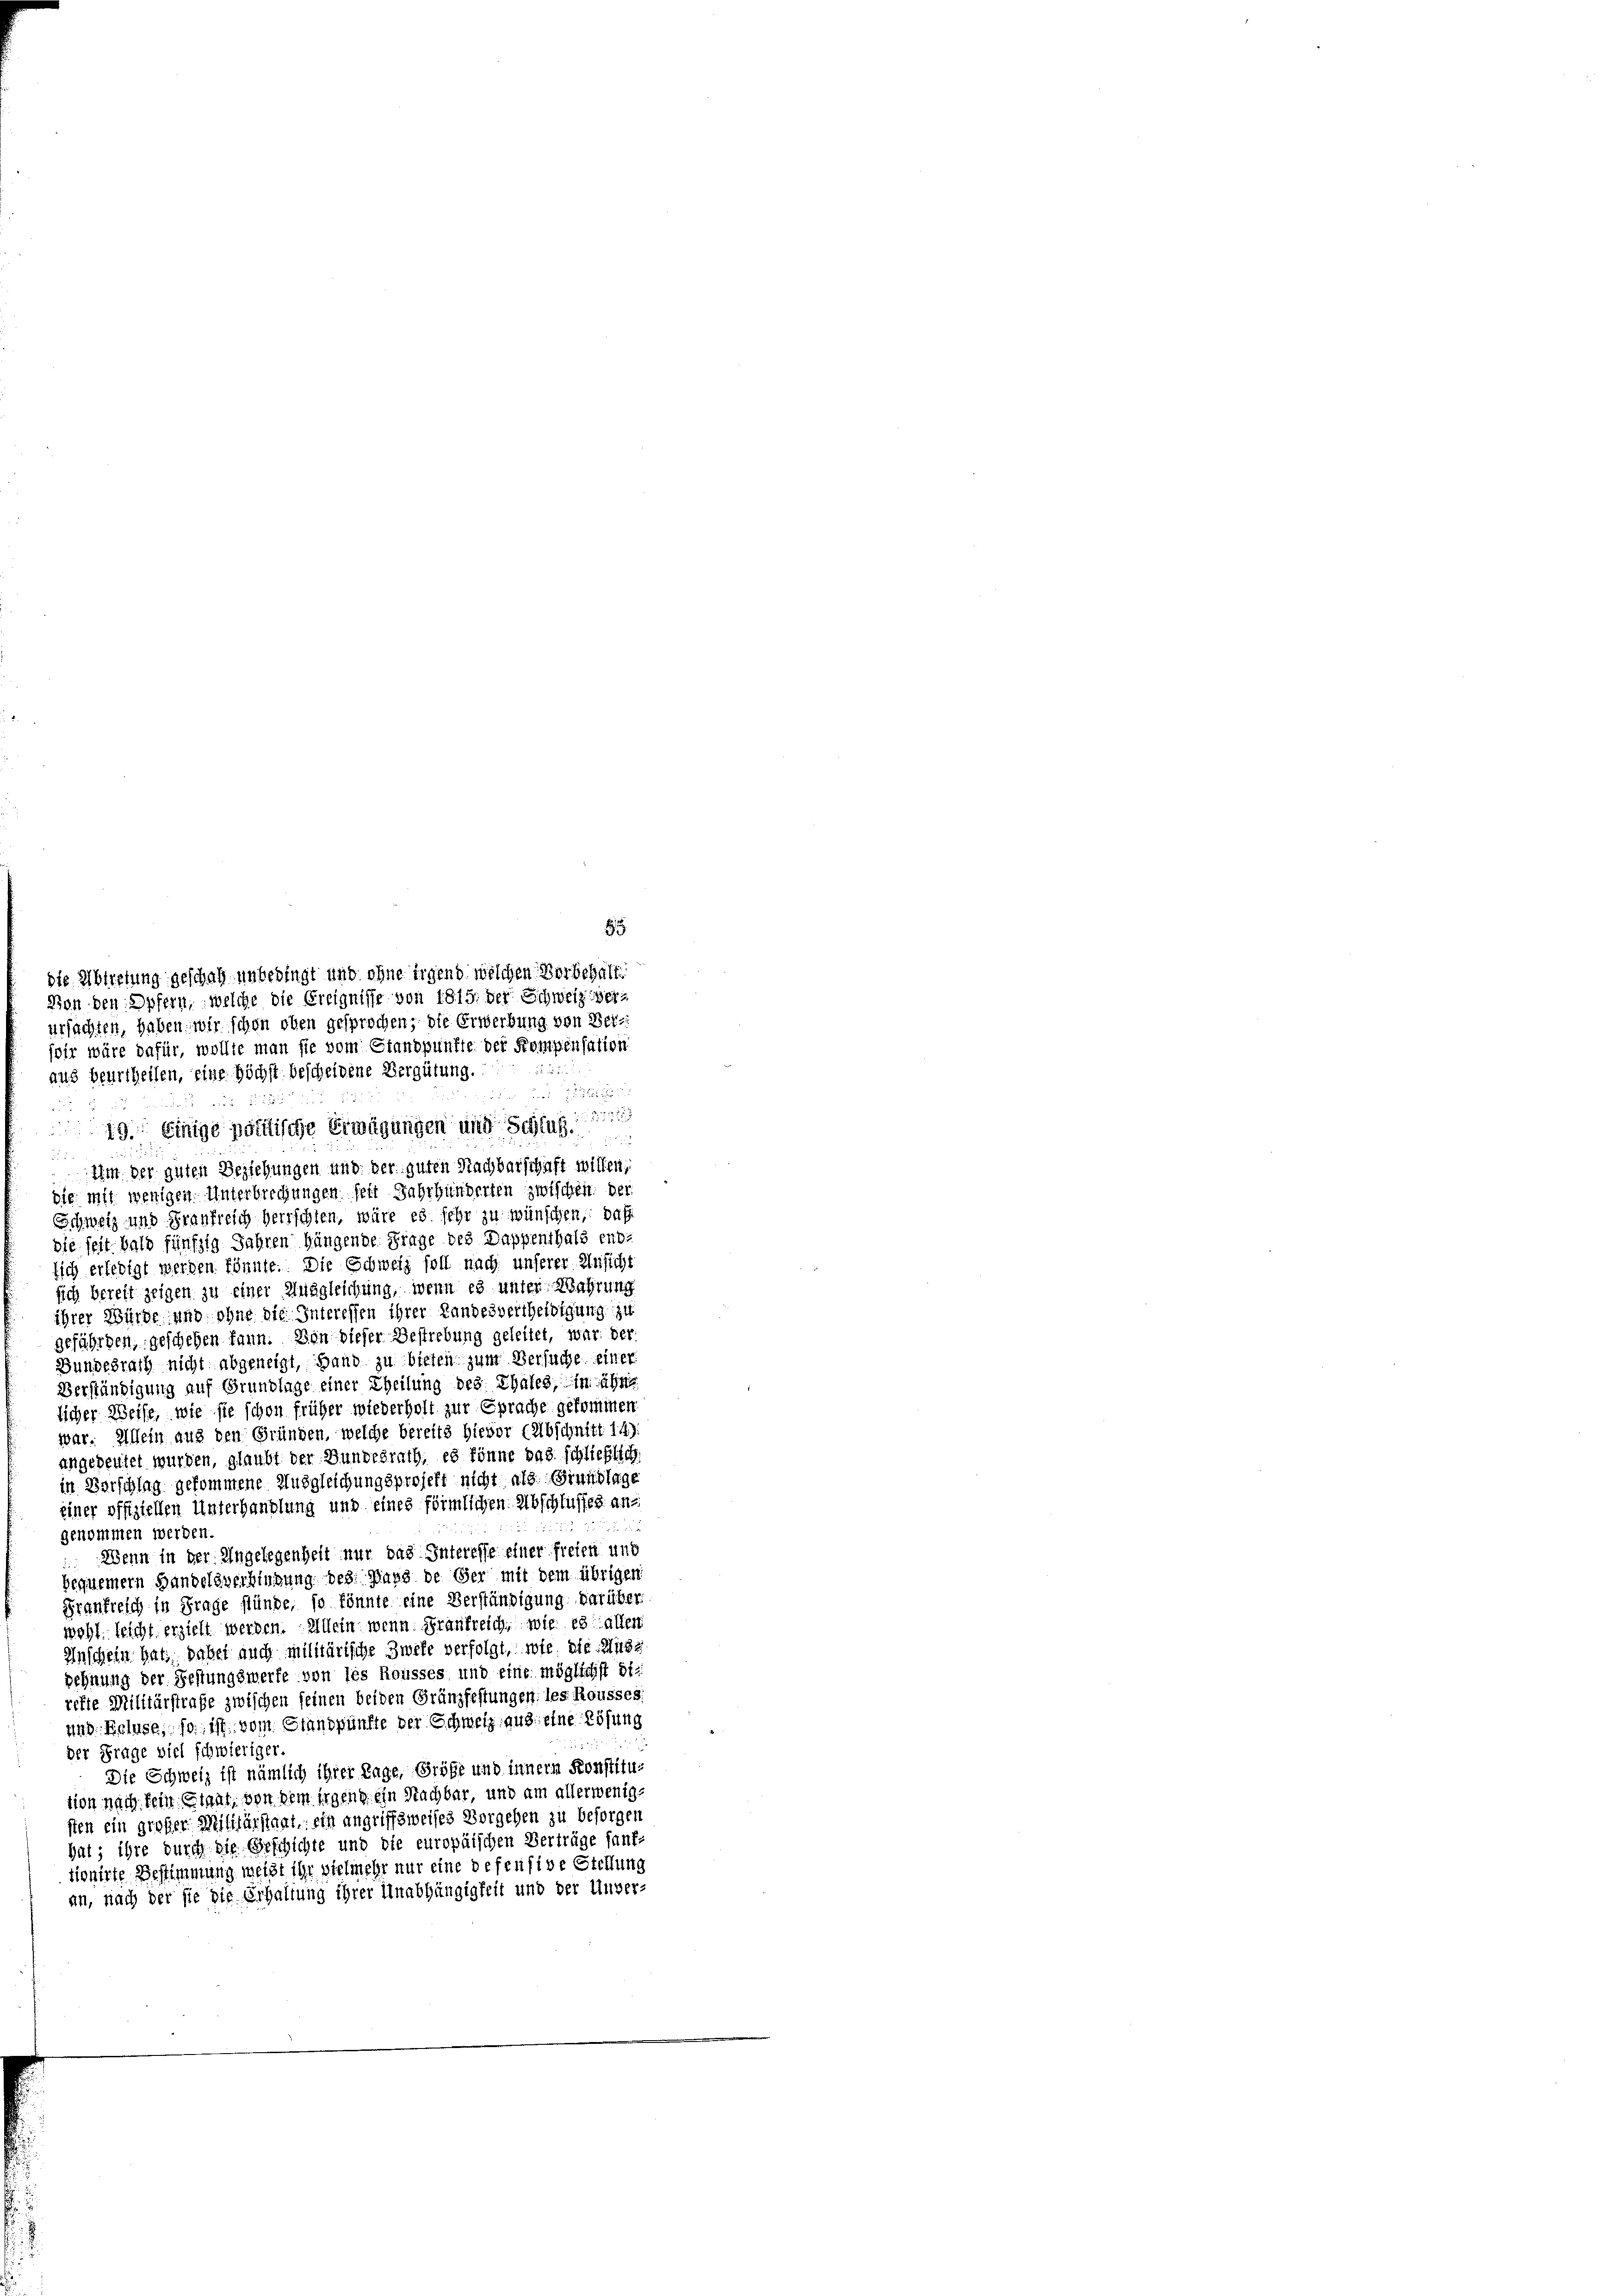
ursachten, haben, wir schon oben gesprochen; die Erwerbung von Seiwir wäre dafür, wollte man sie vom Standpunkte der Kompensation
52

3
 et
e

19. Einige politische Erwägungen und Schluß
.
Ihm der guten Beziehungen und der guten Nachbarschaft willen,
die mit wenigen Unterbrechungen seit Jahrhunderten zwischen. Der
Schweiz und Frankreich herrschlen, wäre es sehr zu wünschen, daß
die seit bald fünfzig Jahren hängende Frage des Dappenthals end-
sich erledigt werden könnte. Die Schweiz soll nach unserer Ansicht
sich bereit zeigen zu einer Ausgleichung, wenn es unter Wahrung
ihrer Würde und ohne die Interessen ihrer Landesvertheidigung zu
gefährden, geschehen kann. Von dieser Bestrebung geleitet, war der
Bundesrath nicht abgeneigt, Hand zu bieten zum Versuche einer
Verständigung auf Grundlage einer Theilung des Thales, in ähn
licher Weife, wie sie schon früher wiederholt zur Sprache gekommen.
war. Allein aus den Gründen, welche bereits hievor (Abschnitt 149.
angedeutet wurden, glaubt der Bundesrath, es könne das schließlich
in Vorschlag gekommene Ausgleichungsprojekt nicht als Grundlage
einer offiziellen Unterhandlung und eines förmlichen Abschlusses an
5
genommen werden.
Wenn in der Angelegenheit nur das Interesse einer freien und
bequemern Handelsverbindung des Haus de ser mit dem übrigen
Frankreich in Frage stünde, so könnte eine Verständigung darüber
wohl. leicht erzielt werden. Allein wenn Frankreich, wie es allen
Anschein hat, dabei auch militärische Zweke verfolgt, wie die Muse
ehnung der Festungswerfe von les Rousses und eine möglichst die
refte Militärstrafe zwischen seinen beiden Gränzfestungen, les Rousses
und Beluse, so ist vom Standpünfte der Schweiz aus eine Lösung
der Frage viel schwieriger.
Die Schweiz ist nämlich ihrer Tage, Größe und innern Konstitusion nach kein Eigel, von dem irgenge ein Nachbar, und am aller wenigsten ein großer Militärstaat, ein angriffsweises Vorgehen zu besorgen
hat; ihre durch die Geschichte und die europäischen Verträge sauf-
tionirte Bestimmung weißt ihr vielmehr nur eine defensive Stellung
an, nach der sie die Erhaltung ihrer Unabhängigkeit und der Unver-

die Abtretung geschah unbedingt und ohne irgend welchen Vorbehalt
Von den Opfern, welche die Ereignisse von 1815. der Schweiz ver¬

aus beurtheilen, eine Höchst bescheidene Vergütung.

85